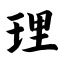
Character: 理